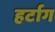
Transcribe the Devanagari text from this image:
हर्टाग